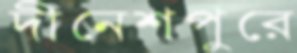
দীনেশপুরে